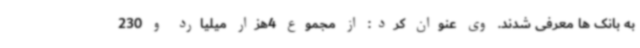
به بانک ها معرفی شدند. وی عنوان کرد: از مجموع 4هزار میلیارد و 230